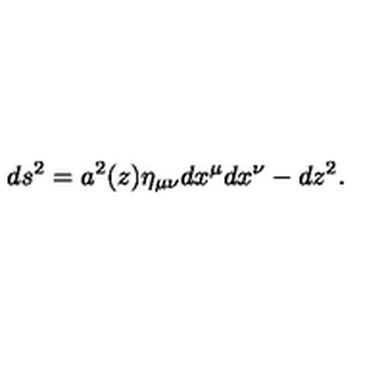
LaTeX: d s ^ { 2 } = a ^ { 2 } ( z ) \eta _ { \mu \nu } d x ^ { \mu } d x ^ { \nu } - d z ^ { 2 } .